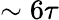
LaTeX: \sim 6\tau